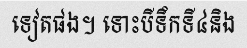
ទៀតផង។ ទោះបីទឹកទី៤និង